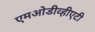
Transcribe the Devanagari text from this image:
एमओडीव्हीएटी